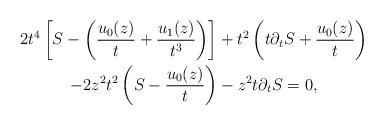
LaTeX: \begin{gather*}2t^{4}\left[ S-\left( \frac{u_{0}(z)}{t}+\frac{u_{1}(z)}{t^{3}}\right)\right] +t^{2}\left( t\partial_{t}S+\frac{u_{0}(z)}{t}\right) \\-2z^{2}t^{2}\left( S-\frac{u_{0}(z)}{t}\right) -z^{2}t\partial_{t}S=0,\end{gather*}